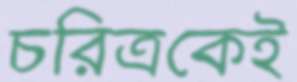
চরিত্রকেই